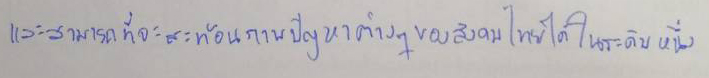
และสามารถที่จะสะท้อนภาพปัญหาต่างๆของสังคมไทยได้ในระดับหนึ่ง